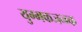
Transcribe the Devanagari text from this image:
युग्मकजनक